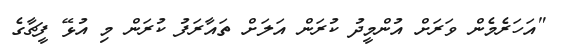
"އަހަރެމެން ވަރަށް އުންމީދު ކުރަން އަލަށް ތައާރަފު ކުރަން މި އުޅޭ ފީޗާގެ